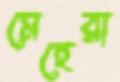
মেহেরা